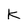
Character: K